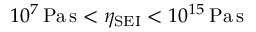
1 0 ^ { 7 } \, \mathrm { P a \, s } < \eta _ { \mathrm { S E I } } < 1 0 ^ { 1 5 } \, \mathrm { P a \, s }